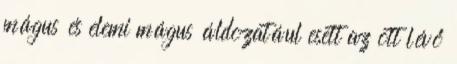
mágus és elemi mágus áldozatául esett az ott lévő